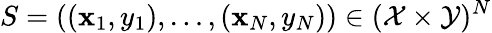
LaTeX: S=((\mathbf{x}_{1},y_{1}),\dots,(\mathbf{x}_{N},y_{N}))\in(\mathcal{X}\times\mathcal{Y})^{N}